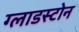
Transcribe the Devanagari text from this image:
ग्लाडस्टोन